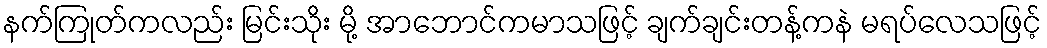
နက်ကြုတ်ကလည်း မြင်းသိုး မို့ အာဘောင်ကမာသဖြင့် ချက်ချင်းတန့်ကနဲ မရပ်လေသဖြင့်